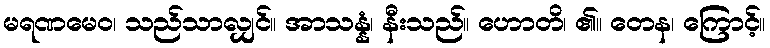
မရဏမေဝ၊ သည်သာလျှင်။ အာသန္နံ၊ နီးသည်။ ဟောတိ၊ ၏။ တေန၊ ကြောင့်။